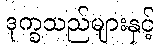
ဒုက္ခသည်များနှင့်